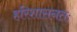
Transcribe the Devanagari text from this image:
हरिशासनतः